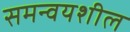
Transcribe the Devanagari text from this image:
समन्वयशील